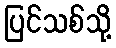
ပြင်သစ်သို့